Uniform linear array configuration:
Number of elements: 64
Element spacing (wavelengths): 1
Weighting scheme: cosine
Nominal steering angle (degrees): -60
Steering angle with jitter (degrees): -59.622
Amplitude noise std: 0.05
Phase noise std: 0.05

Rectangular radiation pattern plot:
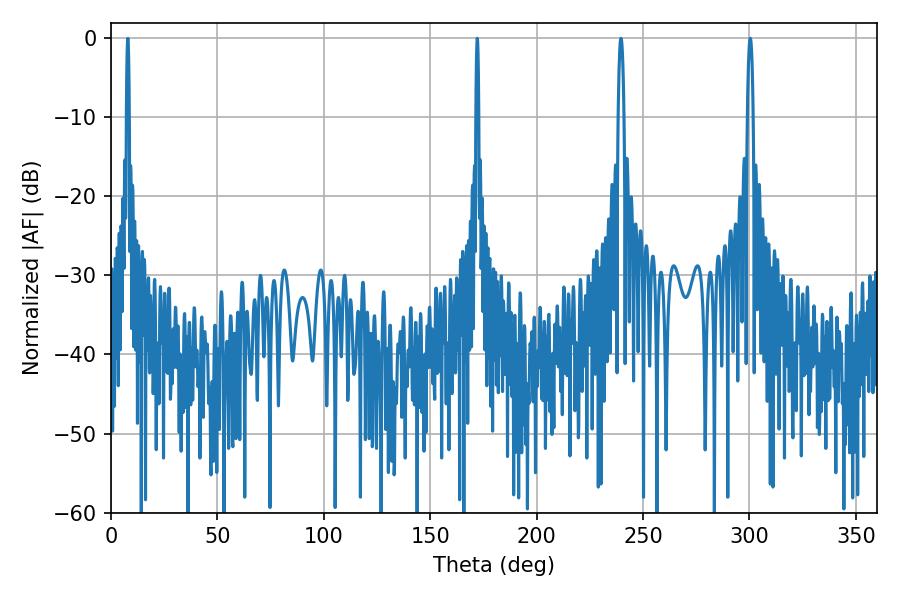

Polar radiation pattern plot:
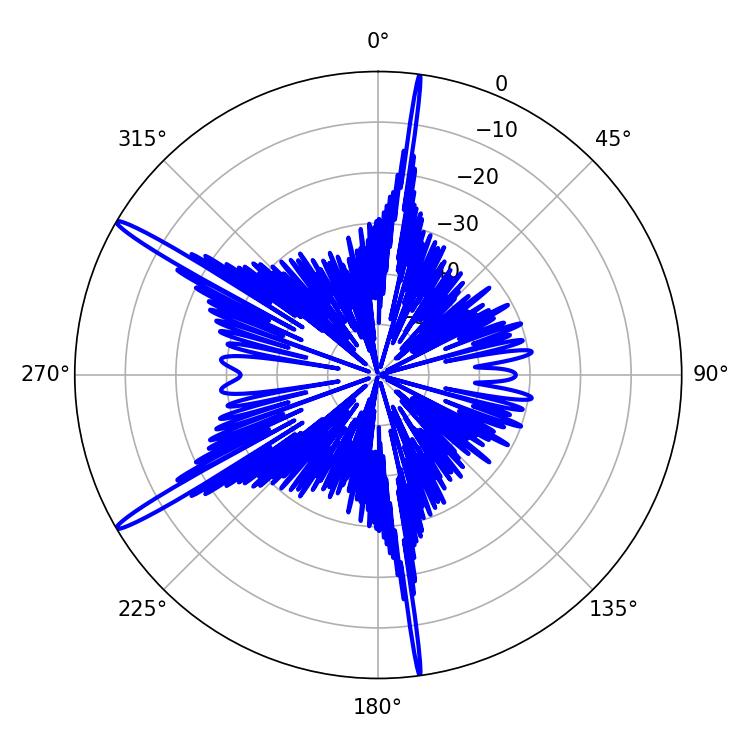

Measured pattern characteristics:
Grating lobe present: TRUE
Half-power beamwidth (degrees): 1.44
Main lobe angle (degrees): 239.58